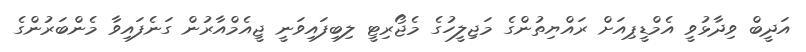
އަދީބް ވިދާޅުވީ އެމްޑީޕިއަށް ރައްޔިތުންގެ މަޖިލީހުގެ މެޖޯރިޓީ ލިބިފައިވަނީ ޖީއެމްއާރުން ގަނެފައިވާ މެންބަރުންގެ